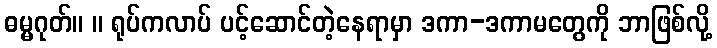
ဓမ္မဂုတ်။ ။ ရုပ်ကလာပ် ပင့်ဆောင်တဲ့နေရာမှာ ဒကာ-ဒကာမတွေကို ဘာဖြစ်လို့